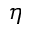
\eta